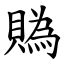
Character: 䞈